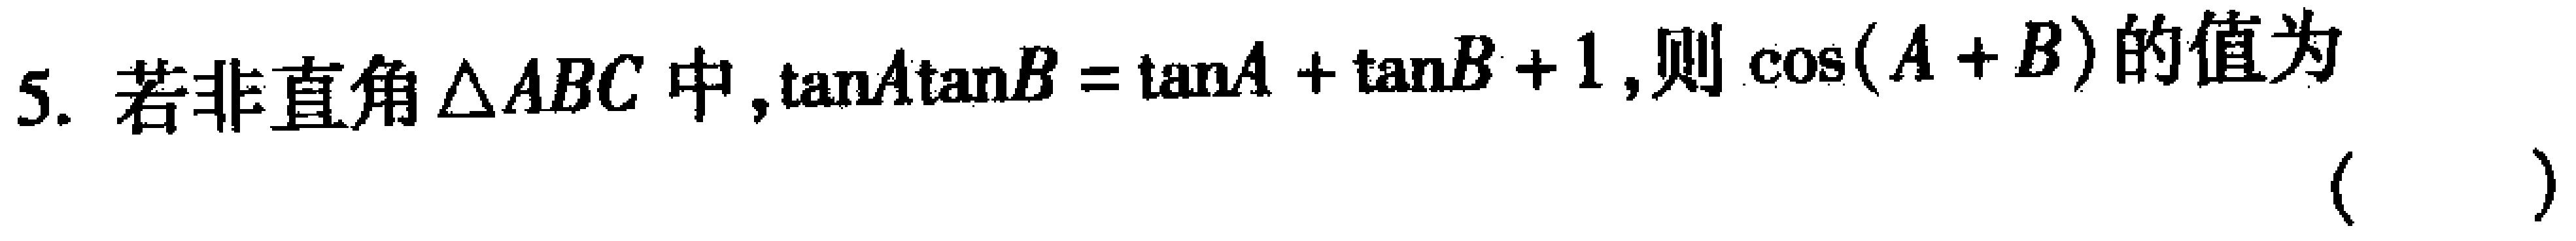
5. 若非直角$\triangle ABC$中，$\tan A\tan B = \tan A + \tan B + 1$，则$\cos(A + B)$的值为 （  ）